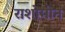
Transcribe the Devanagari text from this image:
राशोमोन